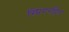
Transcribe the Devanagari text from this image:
स्प्रिंगरहित